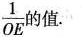
\frac{ 1 }{ OE }$$的值.